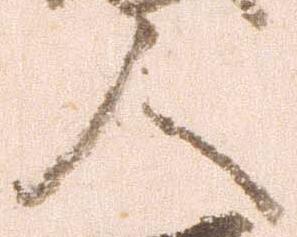
人